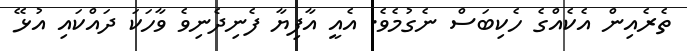
ތެރެއިން އެކެއްގެ ހެކިބަސް ނެގުމެވެ. އެއީ އާފިޔާ ފެނިދެނިވެ ވާހަކަ ދައްކައި އުޅޭ